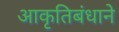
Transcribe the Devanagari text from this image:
आकृतिबंधाने